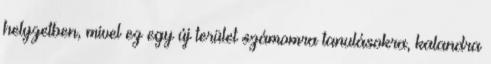
helyzetben, mivel ez egy új terület számomra tanulásokra, kalandra